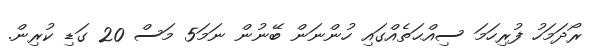
ރޯދަމަހު ފުރިހަމަ ސިއްޙަތެއްގައި ހުންނަން ބޭނުން ނަމަ5 މަސް 20 ގަޑި ކުރިން.